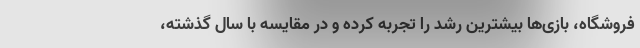
فروشگاه، بازی‌ها بیشترین رشد را تجربه کرده‌ و در مقایسه با سال گذشته،